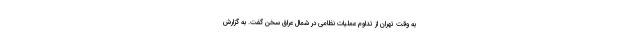
به وقت تهران از تداوم عملیات نظامی در شمال عراق سخن گفت. به گزارش